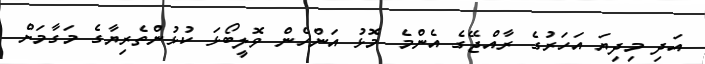
އަދި މިދިޔަ އަހަރުގެ ރާއްޖޭގެ އެންމެ މޮޅު އަންހެންް ވޮލީބޯޅަ ކުޅުންތެރިޔާގެ މަގާމަށް